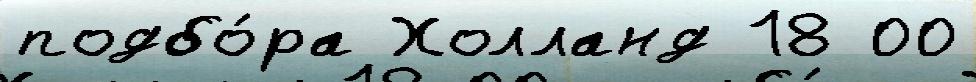
подбо́ра Холланд 18 00